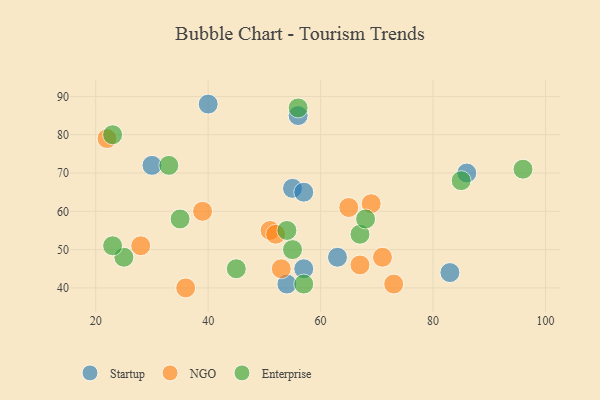
{"axis": {"x": "GDP", "y": "Life Expectancy"}, "legend": ["Enterprise", "NGO", "Startup"], "data": [{"x": "86", "y": 70, "type": "Startup"}, {"x": "30", "y": 72, "type": "Startup"}, {"x": "56", "y": 85, "type": "Startup"}, {"x": "40", "y": 88, "type": "Startup"}, {"x": "63", "y": 48, "type": "Startup"}, {"x": "83", "y": 44, "type": "Startup"}, {"x": "54", "y": 41, "type": "Startup"}, {"x": "55", "y": 66, "type": "Startup"}, {"x": "57", "y": 65, "type": "Startup"}, {"x": "57", "y": 45, "type": "Startup"}, {"x": "51", "y": 55, "type": "NGO"}, {"x": "36", "y": 40, "type": "NGO"}, {"x": "53", "y": 45, "type": "NGO"}, {"x": "52", "y": 54, "type": "NGO"}, {"x": "65", "y": 61, "type": "NGO"}, {"x": "73", "y": 41, "type": "NGO"}, {"x": "69", "y": 62, "type": "NGO"}, {"x": "39", "y": 60, "type": "NGO"}, {"x": "71", "y": 48, "type": "NGO"}, {"x": "22", "y": 79, "type": "NGO"}, {"x": "67", "y": 46, "type": "NGO"}, {"x": "28", "y": 51, "type": "NGO"}, {"x": "67", "y": 54, "type": "Enterprise"}, {"x": "33", "y": 72, "type": "Enterprise"}, {"x": "45", "y": 45, "type": "Enterprise"}, {"x": "23", "y": 80, "type": "Enterprise"}, {"x": "25", "y": 48, "type": "Enterprise"}, {"x": "57", "y": 41, "type": "Enterprise"}, {"x": "35", "y": 58, "type": "Enterprise"}, {"x": "23", "y": 51, "type": "Enterprise"}, {"x": "55", "y": 50, "type": "Enterprise"}, {"x": "85", "y": 68, "type": "Enterprise"}, {"x": "96", "y": 71, "type": "Enterprise"}, {"x": "54", "y": 55, "type": "Enterprise"}, {"x": "68", "y": 58, "type": "Enterprise"}, {"x": "56", "y": 87, "type": "Enterprise"}]}